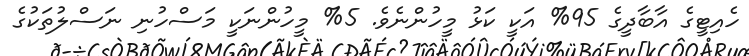
ހެއިޓީގެ އާބާދީގެ 95% އަކީ ކަޅު މީހުންނެވެ. 5% މީހުންނަކީ މަސްހުނި ނަސްލުތަކުގެ